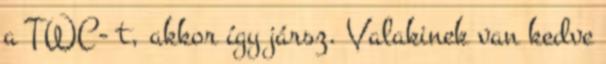
a TWC- t, akkor így jársz. Valakinek van kedve